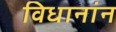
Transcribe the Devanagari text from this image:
विधानांन